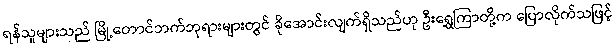
ရန်သူများသည် မြို့တောင်ဘက်ဘုရားများတွင် ခိုအောင်းလျက်ရှိသည်ဟု ဦးရွှေကြာတို့က ပြောလိုက်သဖြင့်